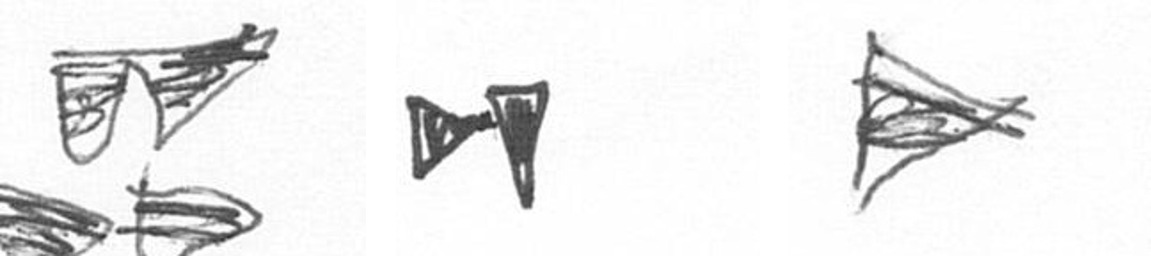
B M T